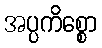
အပ္ပကိစ္စော